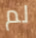
لم